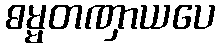
ဓမ္မတဏှာယပေ